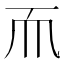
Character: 𬻃